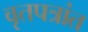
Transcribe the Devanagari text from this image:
वृतपत्रांत